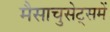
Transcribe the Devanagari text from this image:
मैसाचुसेट्समें